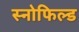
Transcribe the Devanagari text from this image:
स्‍नोफिल्‍ड